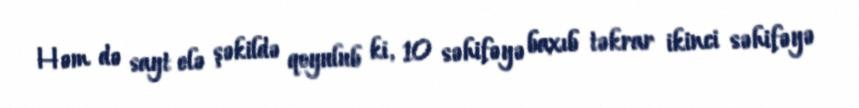
Həm də sayt elə şəkildə qoyulub ki, 10 səhifəyə baxıb təkrar ikinci səhifəyə